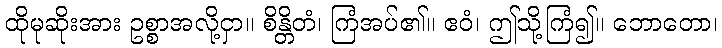
ထိုမုဆိုးအား ဥစ္စာအလို့ငှာ။ စိန္တိတံ၊ ကြံအပ်၏။ ဧဝံ၊ ဤသို့ကြံ၍။ ဘောတော၊